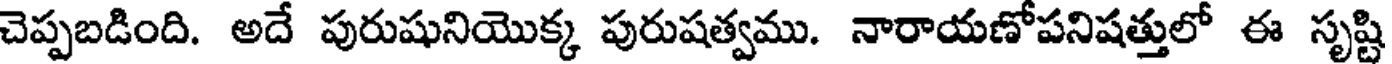
చెప్పబడింది. అదే పురుషునియొక్క పురుషత్వము. నారాయణోపనిషత్తులో ఈ సృష్టి